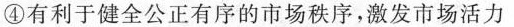
④有利于健全公正有序的市场秩序，激发市场活力